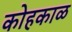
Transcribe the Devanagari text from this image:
कोहकाळ